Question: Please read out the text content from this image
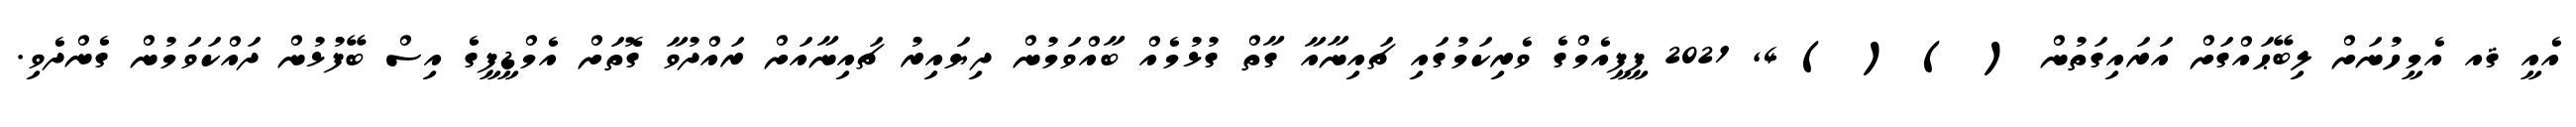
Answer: އެއީ ޤއ އެމީހުނަށް ލިބޭޙައްގަށް އަރައިގަތުން ( ) ( ) 4, 2021 ޕީޕީއެމްގެ ވެރިކަމުގައި ޗައިނާއާ ގާތް ގުޅުމެއް ބާއްވަމުން ދިޔައިރު ޗައިނާއަށް ރައްދުވާ ގޮތަށް އެމްޑީޕީގެ އިސް ބޭފުޅުން ދައްކަވަމުން ގެންދެވި.